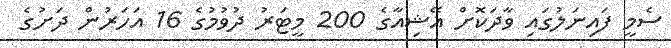
ސެމީ ފައިނަލުގައި ވާދަކޮށް އޭޝިއާގެ 200 މީޓަރު ދުވުމުގެ 16 އަހަރުން ދަށުގެ